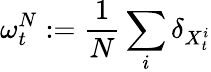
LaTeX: \omega_{t}^{N}:=\frac{1}{N}\sum_{i}\delta_{X_{t}^{i}}